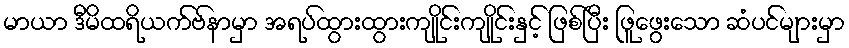
မာယာ ဒီမိထရိယက်ဗ်နာမှာ အရပ်ထွားထွားကျိုင်းကျိုင်းနှင့် ဖြစ်ပြီး ဖြူဖွေးသော ဆံပင်များမှာ